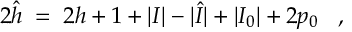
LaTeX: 2 \hat { h } \; = \; 2 h + 1 + | I | - | \hat { I } | + | I _ { 0 } | + 2 p _ { 0 } \; \; \; ,